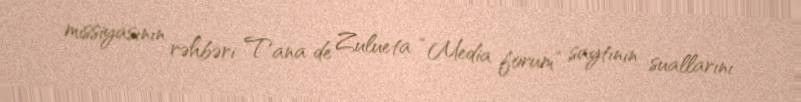
missiyasının rəhbəri Tana de Zulueta “Media forum” saytının suallarını